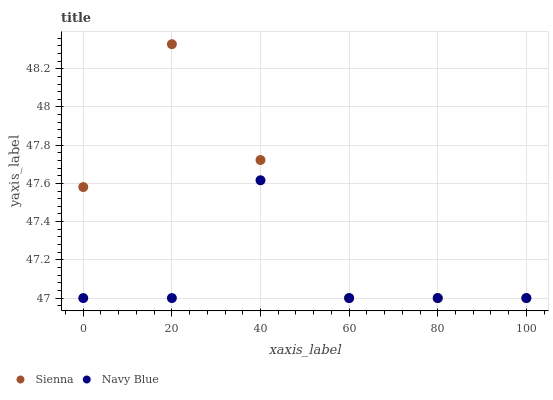
| xaxis_label | Sienna | Navy Blue |
 | --- | --- | --- |
 | 0 | 47.6 | 47 |
 | 20 | 48.3 | 47 |
 | 40 | 47.7 | 47.6 |
 | 60 | 47 | 47 |
 | 80 | 47 | 47 |
 | 100 | 47 | 47 |